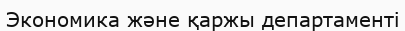
Экономика және қаржы департаменті